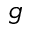
g